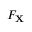
F _ { \mathbf { X } }